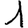
Digit: 1